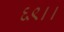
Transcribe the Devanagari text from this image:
६९।।